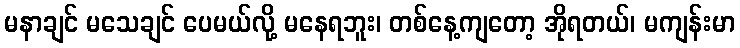
မနာချင် မသေချင် ပေမယ်လို့ မနေရဘူး၊ တစ်နေ့ကျတော့ အိုရတယ်၊ မကျန်းမာ